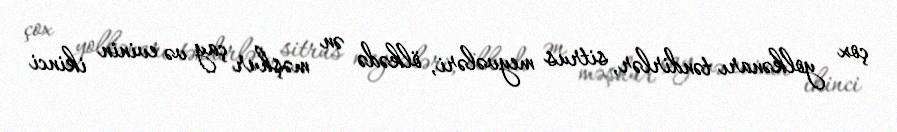
çox yolkənarı təndirlər, sitrus meyvələri, ölkədə ən məşhur çay və evinin ikinci